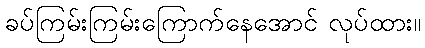
ခပ်ကြမ်းကြမ်းကြောက်နေအောင် လုပ်ထား။